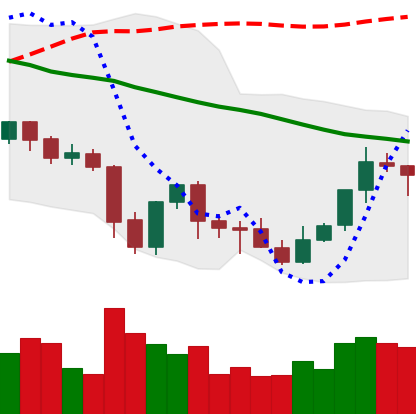
Ticker: XLM-USD
Chart end date: 2021-10-04
Forward return: 13.955%
Label: up_7plus